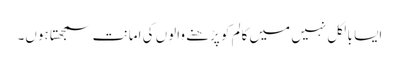
ایسا بالکل نہیں میں کالم کو پڑھنے والوں کی امانت سمجھتا ہوں۔